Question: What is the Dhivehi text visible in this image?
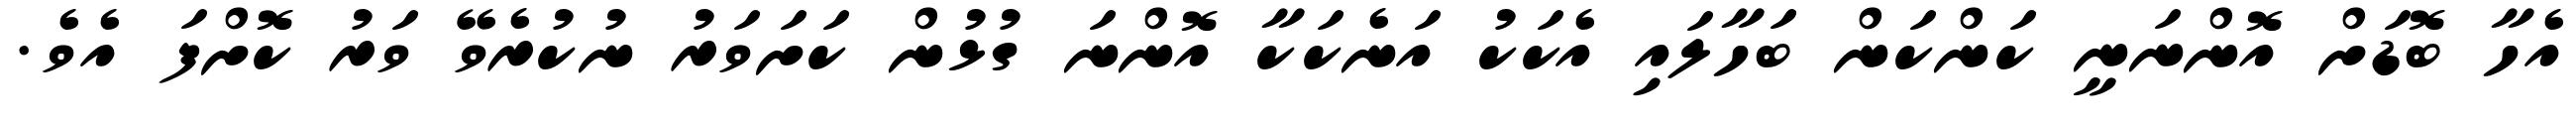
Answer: އެހާ ބޮޑަށް އޮންނަނީ ކަންކަން ބަހާލައި އެކަކު އަނެކަކާ އޮންނަ ގުޅުން ކަށަވަރު ނުކުރެވޭ ވަރު ކޮށްފަ އެވެ.